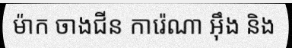
ម៉ាក ចាងជីន ការ៉េណា អ៊ឹង និង